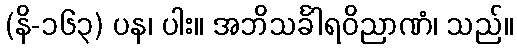
(နိ-၁၆၃) ပန၊ ပါး။ အဘိသင်္ခါရဝိညာဏံ၊ သည်။